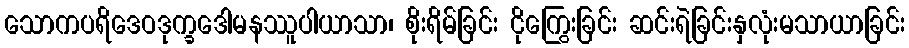
သောကပရိဒေဝဒုက္ခဒေါမနဿူပါယာသာ၊ စိုးရိမ်ခြင်း ငိုကြွေးခြင်း ဆင်းရဲခြင်းနှလုံးမသာယာခြင်း